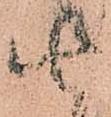
由